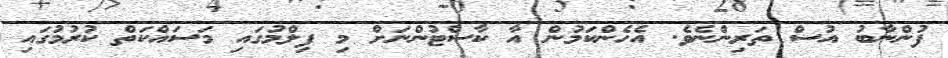
ފުންނާބު އުސް ތަރިންނެވެ. އެހެންކަމުން އާ ކާސްޓުންނަށް މި ފިލްމުގައި މަސައްކަތް ކުރުމުގައި